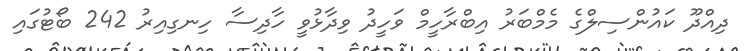
ދިއްދޫ ކައުންސިލްގެ މެމްބަރު އިބްރާހީމް ވަހީދު ވިދާޅުވީ ހާދިސާ ހިނގިއިރު 242 ބޯޓުގައި